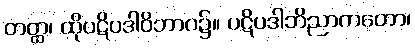
တတ္ထ၊ ထိုပဋိပဒါဝိဘာဂ၌။ ပဋိပဒါဘိညာကတော၊